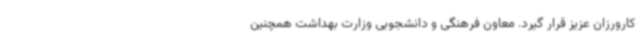
کارورزان عزیز قرار گیرد. معاون فرهنگی و دانشجویی وزارت بهداشت همچنین